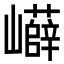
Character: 𡾲